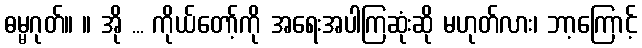
ဓမ္မဂုတ်။ ။ အို ... ကိုယ်တော့်ကို အရေးအပါကြဆုံးဆို မဟုတ်လား၊ ဘာ့ကြောင့်